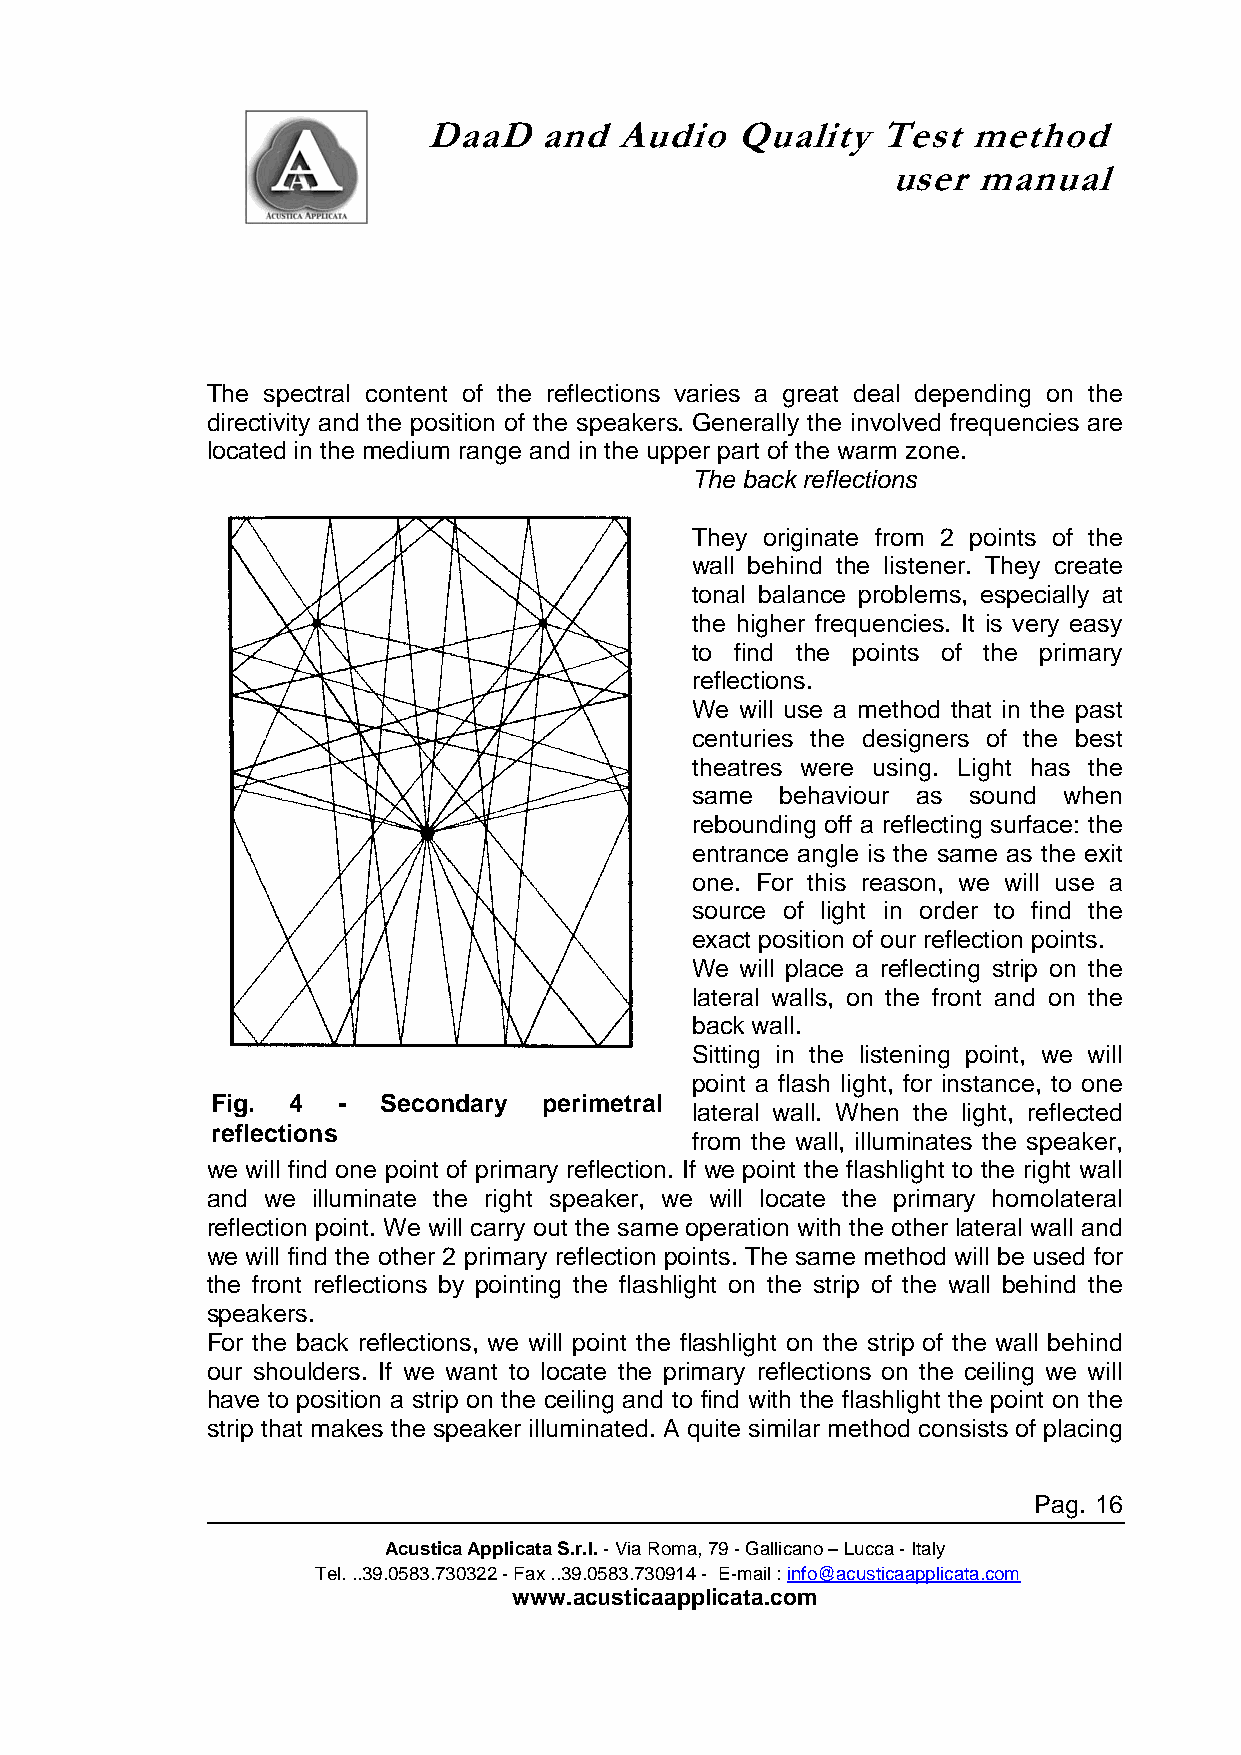
DaaD    and  Audio   Quality  Test  method
 user  manual
 The spectral content of the reflections varies a great deal depending on the
 directivity and the position of the speakers. Generally the involved frequencies are
 located in the medium range and in the upper part of the warm zone.
 The back reflections
 They originate from 2 points of the
 wall behind the listener. They create
 tonal balance problems, especially at
 the higher frequencies. It is very easy
 to find the points of the primary
 reflections.
 We will use a method that in the past
 centuries the designers of the best
 theatres were using. Light has the
 same  behaviour as sound when
 rebounding off a reflecting surface: the
 entrance angle is the same as the exit
 one. For this reason, we will use a
 source of light in order to find the
 exact position of our reflection points.
 We will place a reflecting strip on the
 lateral walls, on the front and on the
 back wall.
 Sitting in the listening point, we will
 point a flash light, for instance, to one
 Fig. 4  -  Secondary  perimetral
 lateral wall. When the light, reflected
 reflections
 from the wall, illuminates the speaker,
 we will find one point of primary reflection. If we point the flashlight to the right wall
 and we illuminate the right speaker, we will locate the primary homolateral
 reflection point. We will carry out the same operation with the other lateral wall and
 we will find the other 2 primary reflection points. The same method will be used for
 the front reflections by pointing the flashlight on the strip of the wall behind the
 speakers.
 For the back reflections, we will point the flashlight on the strip of the wall behind
 our shoulders. If we want to locate the primary reflections on the ceiling we will
 have to position a strip on the ceiling and to find with the flashlight the point on the
 strip that makes the speaker illuminated. A quite similar method consists of placing
 Pag. 16
 Acustica Applicata S.r.l. - Via Roma, 79 - Gallicano – Lucca - Italy
 Tel. ..39.0583.730322 - Fax ..39.0583.730914 - E-mail : info@acusticaapplicata.com
 www.acusticaapplicata.com